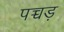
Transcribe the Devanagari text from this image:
पच्चड़